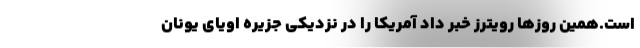
است.همین روزها رویترز خبر داد آمریکا را در نزدیکی جزیره اویای یونان